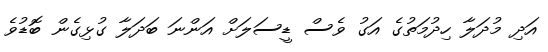
އަދި މުދަލާ ހިދުމަތުގެ އަގު ވެސް ޑީސަލަށް އަންނަ ބަދަލާ ގުޅިގެން ބޮޑުވެ